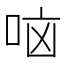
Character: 𫩷